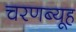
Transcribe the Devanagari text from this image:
चरणब्यूह